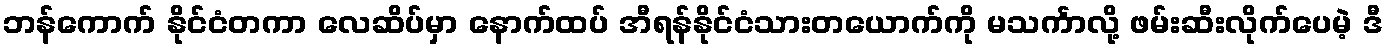
ဘန်ကောက် နိုင်ငံတကာ လေဆိပ်မှာ နောက်ထပ် အီရန်နိုင်ငံသားတယောက်ကို မသင်္ကာလို့ ဖမ်းဆီးလိုက်ပေမဲ့ ဒီ